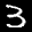
Label: 3